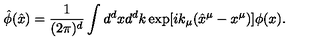
{ \hat { \phi } } ( { \hat { x } } ) = \frac { 1 } { ( 2 \pi ) ^ { d } } \int d ^ { d } x d ^ { d } k \exp [ i k _ { \mu } ( { \hat { x } } ^ { \mu } - x ^ { \mu } ) ] \phi ( x ) .